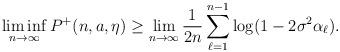
LaTeX: \begin{align*}\liminf_{n\rightarrow \infty} P^+(n, a, \eta) \geq \lim_{n\rightarrow \infty} \frac{1}{2n}\sum_{\ell = 1}^{n-1}\log (1 - 2\sigma^2\alpha_{\ell}).\end{align*}